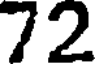
72